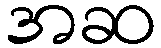
အဆ